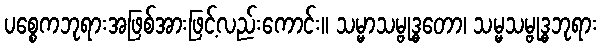
ပစ္စေကဘုရားအဖြစ်အားဖြင့်လည်းကောင်း။ သမ္မာသမ္ဗုဒ္ဓတော၊ သမ္မသမ္ဗုဒ္ဓဘုရား